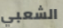
الشعبي